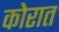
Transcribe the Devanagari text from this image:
कोरात